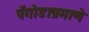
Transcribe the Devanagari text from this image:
पॅगोडाप्रमाणे